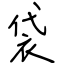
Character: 袋